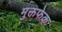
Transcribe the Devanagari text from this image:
मुक्तफेक